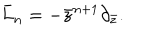
\bar { L } _ { n } = - \bar { z } ^ { n + 1 } \partial _ { \bar { z } } .